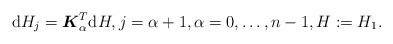
\begin{gather*} \mathrm{d} H_j=\boldsymbol{K}_\alpha^T \mathrm{d} H, j=\alpha +1, \alpha=0,\ldots, n-1, H:=H_1.\end{gather*}